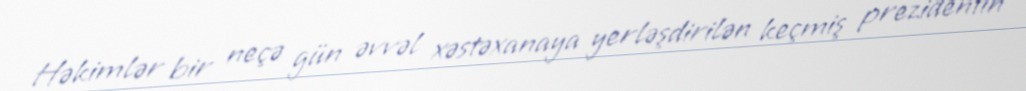
Həkimlər bir neçə gün əvvəl xəstəxanaya yerləşdirilən keçmiş prezidentin